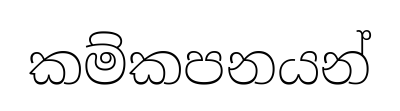
කම්කපනයන්